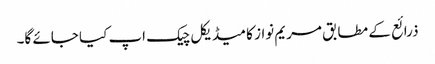
ذرائع کے مطابق مریم نواز کا میڈیکل چیک اپ کیا جائے گا۔